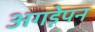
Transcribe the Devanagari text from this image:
अगड़ेपन